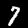
Digit: 7